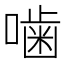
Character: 噛